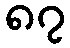
၈၇